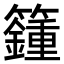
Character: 籦